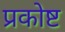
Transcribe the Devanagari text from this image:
प्रकोष्ट